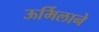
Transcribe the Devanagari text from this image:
ऊर्मिलाने